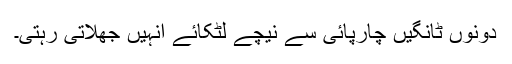
دونوں ٹانگیں چارپائی سے نیچے لٹکائے انہیں جھلاتی رہتی۔